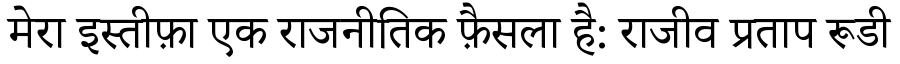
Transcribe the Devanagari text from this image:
मेरा इस्तीफ़ा एक राजनीतिक फ़ैसला है: राजीव प्रताप रूडी